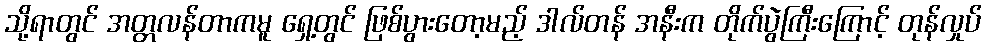
သို့ရာတွင် အတ္တလန်တာကမူ ရှေ့တွင် ဖြစ်ပွားတော့မည့် ဒါလ်တန် အနီးက တိုက်ပွဲကြီးကြောင့် တုန်လှုပ်